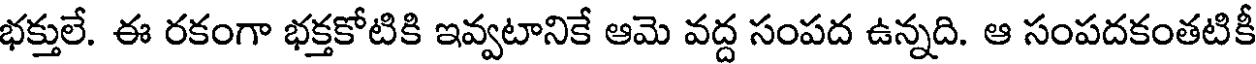
భక్తులే. ఈ రకంగా భక్తకోటికి ఇవ్వటానికే ఆమె వద్ద సంపద ఉన్నది. ఆ సంపదకంతటికీ